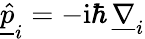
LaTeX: \underline{{\hat{p}}}_{i}=-\mathrm{i}\hbar\, \underline{{\nabla}}_{i}